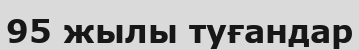
95 жылы туғандар